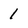
Character: 1